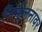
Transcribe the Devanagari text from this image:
निर्मूलनावर